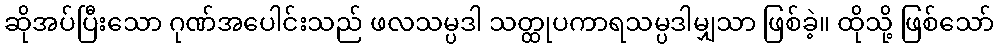
ဆိုအပ်ပြီးသော ဂုဏ်အပေါင်းသည် ဖလသမ္ပဒါ သတ္ထုပကာရသမ္ပဒါမျှသာ ဖြစ်ခဲ့။ ထိုသို့ ဖြစ်သော်